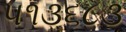
૫૧૩૬૮૩